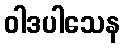
ဝါဒပါသေန